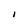
Character: l